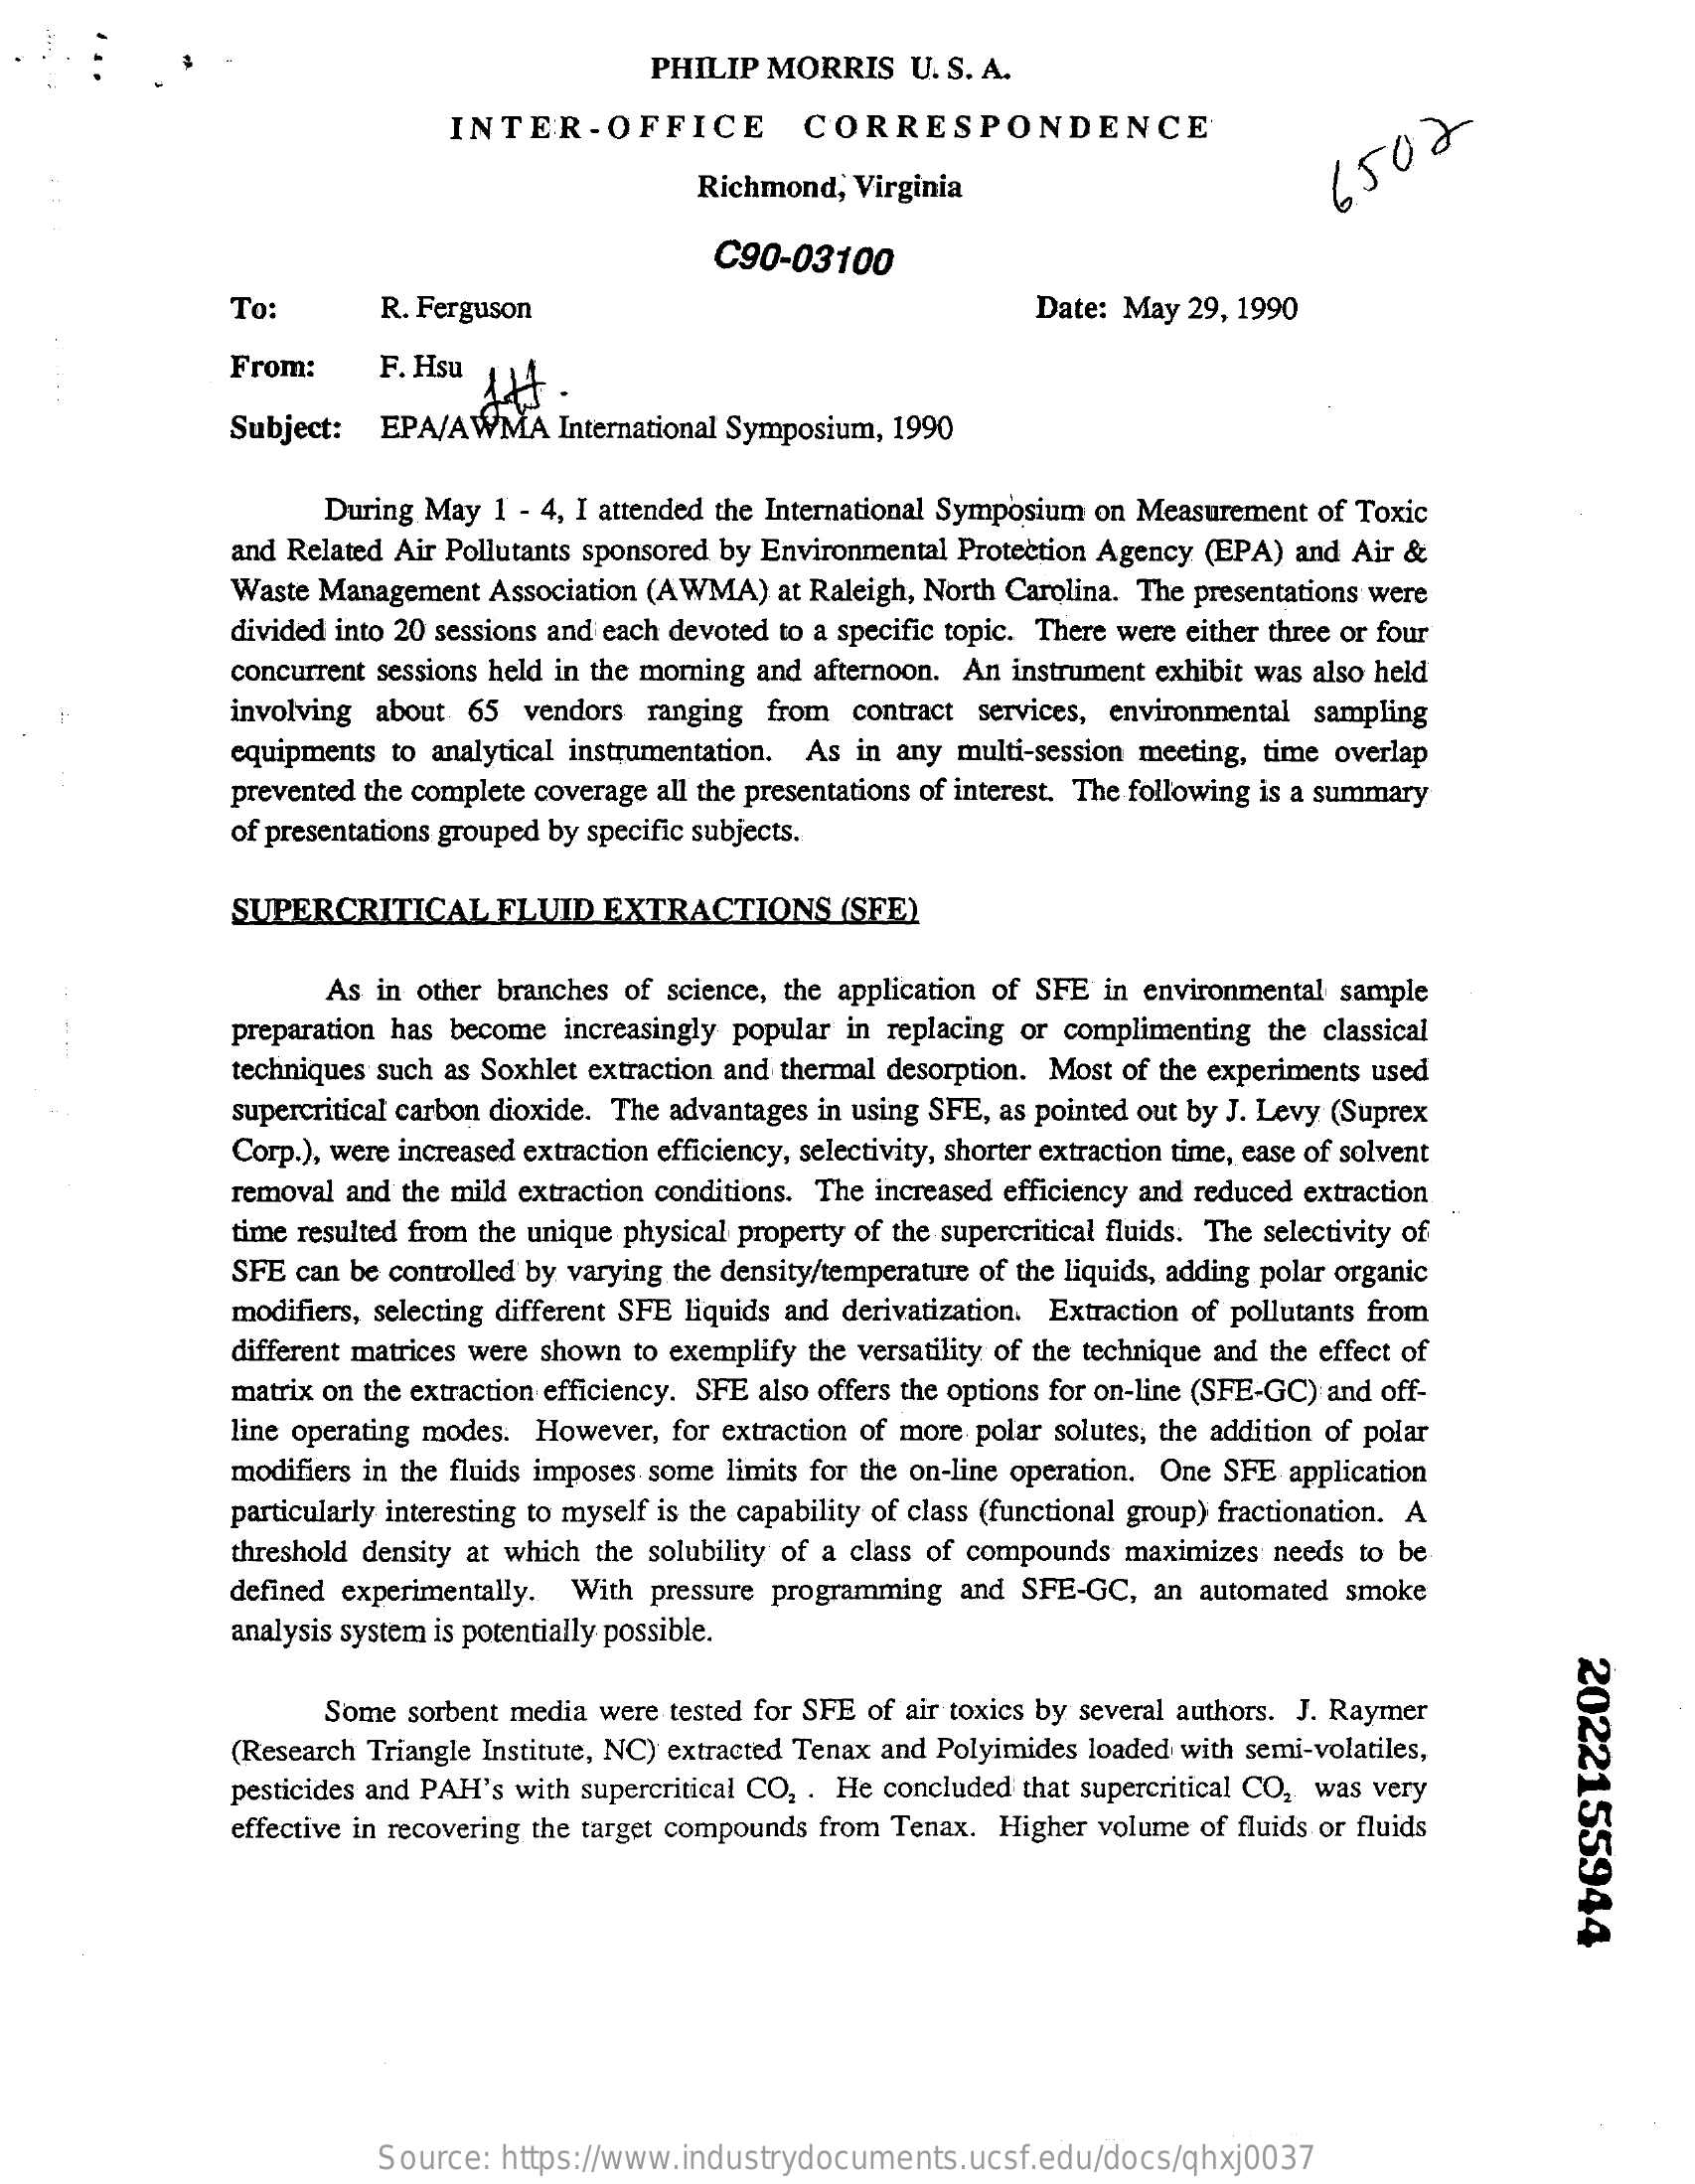
PHILIP  MORRIS    U. S. A.
     INTER-OFFICE    CORRESPONDENCE
     Richmond,   Virginia
     6502
     C90-03100
     To:    R. Ferguson    Date: May  29, 1990
     From:    F. Hsu
     Subject:   EPA/AWMA    International Symposium, 1990
     During May  1 - 4, I attended the International Symposium on Measurement of Toxic
     and Related Air Pollutants sponsored by Environmental Protection Agency (EPA) and Air &
     Waste Management   Association (AWMA)   at Raleigh, North Carolina. The presentations were
     divided into 20 sessions and each devoted to a specific topic. There were either three or four
     concurrent sessions held in the morning and afternoon. An instrument exhibit was also held
     involving about  65  vendors  ranging  from  contract  services, environmental sampling
     equipments  to analytical instrumentation. As in any multi-session meeting, time overlap
     prevented the complete coverage all the presentations of interest. The following is a summary
     of presentations grouped by specific subjects.
     SUPERCRITICAL    ELUID   EXTRACTIONS    (SFE)
     As in other branches of science, the application of SFE in environmental sample
     preparation has become  increasingly popular in replacing or complimenting  the classical
     techniques such as Soxhlet extraction and thermal desorption. Most of the experiments used
     supercritical carbon dioxide. The advantages in using SFE, as pointed out by J. Levy (Suprex
     Corp.), were increased extraction efficiency, selectivity, shorter extraction time, ease of solvent
     removal and the mild extraction conditions. The increased efficiency and reduced extraction
     time resulted from the unique physical property of the supercritical fluids. The selectivity of
     SFE  can be controlled by varying the density/temperature of the liquids, adding polar organic
     modifiers, selecting different SFE liquids and derivatization. Extraction of pollutants from
     different matrices were shown to exemplify the versatility of the technique and the effect of
     matrix on the extraction efficiency. SFE also offers the options for on-line (SFE-GC) and off-
     line operating modes. However,  for extraction of more polar solutes, the addition of polar
     modifiers in the fluids imposes some limits for the on-line operation. One SFE application
     particularly interesting to myself is the capability of class (functional group) fractionation. A
     threshold density at which the solubility of a class of compounds maximizes needs  to be
     defined experimentally.  With  pressure programming  and  SFE-GC,   an automated  smoke
     analysis system is potentially possible.
     2022155944
     Some  sorbent media were tested for SFE of air toxics by several authors. J. Raymer
     (Research Triangle Institute, NC) extracted Tenax and Polyimides loaded with semi-volatiles,
     pesticides and PAH's with supercritical CO, . He concluded that supercritical CO2 was very
     effective in recovering the target compounds from Tenax. Higher volume of fluids or fluids
     Source:  https://www.industrydocuments.ucsf.edu/docs/qhxj0037